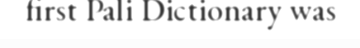
first Pali Dictionary was